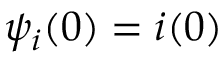
\psi _ { i } ( 0 ) = i ( 0 )